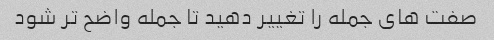
صفت های جمله را تغییر دهید تا جمله واضح تر شود